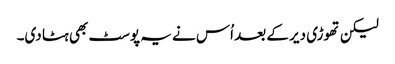
لیکن تھوڑی دیر کے بعد اُس نے یہ پوسٹ بھی ہٹا دی۔